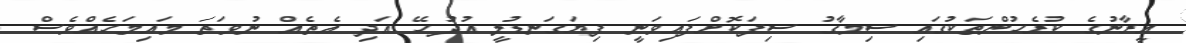
އީރާނުގެ ކުރެހުންތަކުގައި ސިމާގު ސިފަކޮށްފައިވަނީ ފިޔަގަނޑުލީ އުދުހޭ އަދި އެތެއް ނުވަތަ މައިމަހެއްވެސް